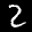
Label: 2